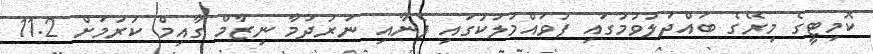
ކޮމިޓީގެ މިރޭގެ ބައްދަލުވުމުގައި ފުވައްމުލަކުގައި ފެނާއި ނަރުދަމާ ނިޒާމް ގާއިމް ކުރުމަށް 11.2